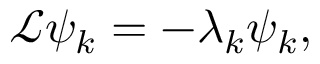
\mathcal { L } \psi _ { k } = - \lambda _ { k } \psi _ { k } ,